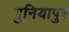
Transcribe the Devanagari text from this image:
गुनियापुर